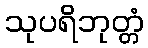
သုပရိဘုတ္တံ